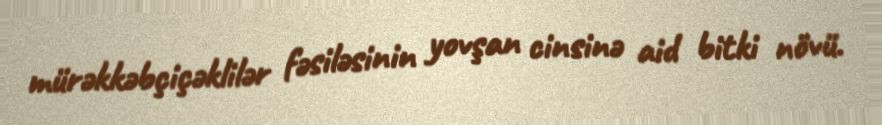
mürəkkəbçiçəklilər fəsiləsinin yovşan cinsinə aid bitki növü.